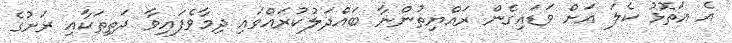
އެ އަތޮޅު ކެލަ އަށް ވަޑައިގެން ރައްޔިތުންނާ ބައްދަލުކުރައްވައި ދިމާވެފައިވާ ދަތިތަކާއި ރަށުގެ